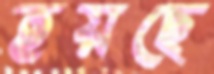
হয়ছে